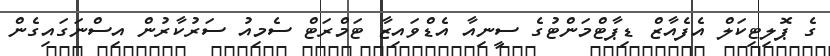
ގެ ޕޮލިޓިކަލް އެފެއާޒް ޑިޕާޓްމަންޓުގެ ސީނިއާ އެޑްވައިޒާ ޓަމްރަޓް ސެމިއު ސަރުކާރުން އިސްނަގައިގެން